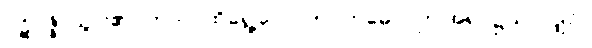
ပဋိပဇ္ဇိ၊ သွား၏။ တာဝ၊ ထိုရွေ့လောက်။ ဣဓေဝ၊ ဤအရပ်၌သာလျှင်။